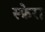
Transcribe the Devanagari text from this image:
स्फ़ेरा